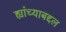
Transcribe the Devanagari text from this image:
ह्यांच्याबद्दल